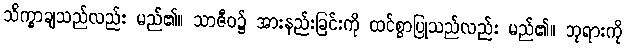
သိက္ခာချသည်လည်း မည်၏။ သာဇီဝ၌ အားနည်းခြင်းကို ထင်စွာပြုသည်လည်း မည်၏။ ဘုရားကို